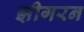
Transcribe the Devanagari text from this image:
झीगरन